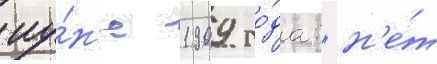
иу́н'е 1909 го́да: "н'е́т